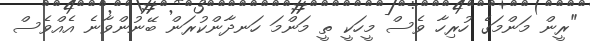
"ރީން މަންމަގެ ހުރިހާ ވެސް މީހަކީ ތީ މަންމަ ހަނދާންކުރަން ބޭނުންވާނެ އެއްވެސް